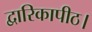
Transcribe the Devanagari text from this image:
द्वारिकापीठ।